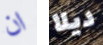
ان ديلا